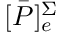
[ \bar { P } ] _ { e } ^ { \Sigma }